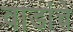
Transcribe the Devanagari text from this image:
वाडांचे